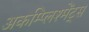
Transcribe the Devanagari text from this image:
अकम्प्लिश्मेंट्स